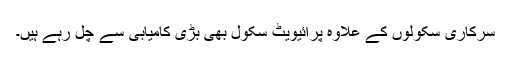
سرکاری سکولوں کے علاوہ پرائیویٹ سکول بھی بڑی کامیابی سے چل رہے ہیں۔